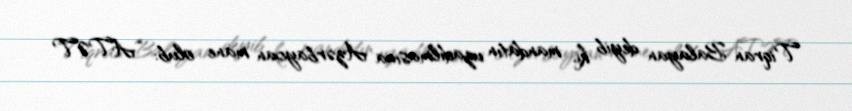
Tiqran Balayan deyib ki, mandatın uzadılmasına Azərbaycan mane olub: “ATƏT